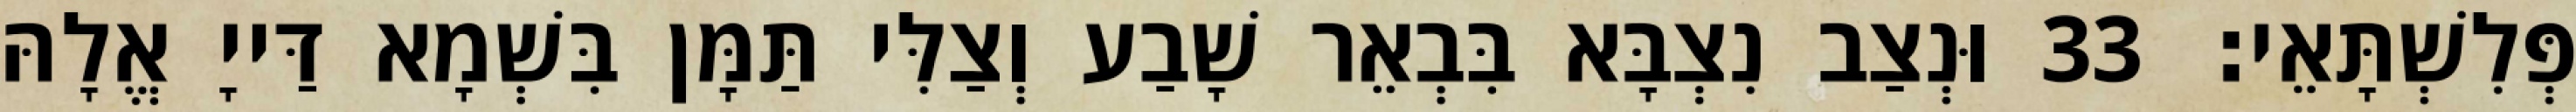
פְּלִשְׁתָּאֵי׃ 33 וּנְצַב נִצְבָּא בִּבְאֵר שָׁבַע וְצַלִּי תַּמָּן בִּשְׁמָא דַּייָ אֱלָהּ